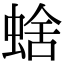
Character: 𧌖